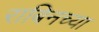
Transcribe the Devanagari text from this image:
राबिनच्या